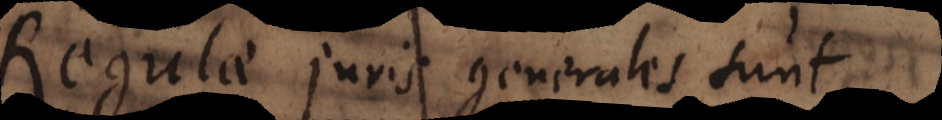
Regulae juris generales sunt